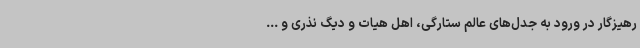
رهیزگار در ورود به جدل‌های عالم ستارگی، اهل هیات و دیگ نذری و ...